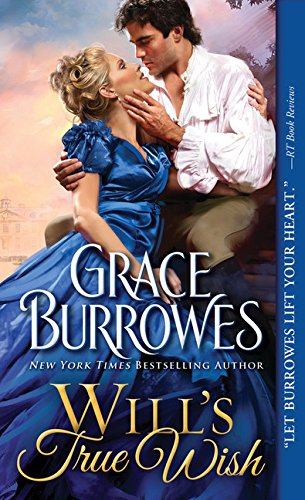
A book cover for Will's True Wish (True Gentlemen); Grace Burrowes; Romance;